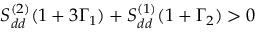
S _ { d d } ^ { ( 2 ) } ( 1 + 3 \Gamma _ { 1 } ) + S _ { d d } ^ { ( 1 ) } ( 1 + \Gamma _ { 2 } ) > 0